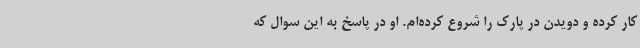
کار کرده و دویدن در پارک را شروع کرده‌ام. او در پاسخ به این سوال که